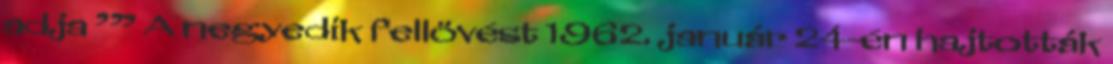
adja ’” A negyedik fellövést 1962. január 24-én hajtották